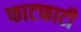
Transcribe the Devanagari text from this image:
फाटफाटी